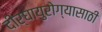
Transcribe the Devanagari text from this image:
दीर्घायुरोग्यासाठी